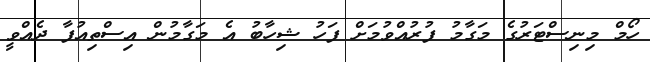
ހޯމް މިނިސްޓަރުގެ މަގާމު ފުރުއްވުމަށް ފަހު ޝިހާބު އެ މަގާމުން އިސްތިއުފާ ދެއްވީ